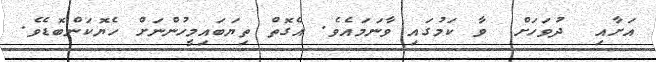
އަށާއި  ދުވަހަށް  ވާ ކަމުގައި ވާނަމައެވެ. އެގޮތް ތިޔަބައިމީހުންނަށް ހެޔޮކަންބޮޑެވެ.